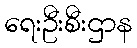
ရေးဦးစီးဌာန